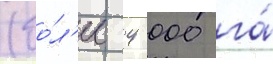
(бо́л'ее 4 000 га́